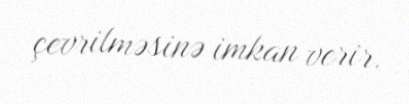
çevrilməsinə imkan verir.